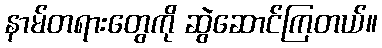
နာမ်တရားတွေကို ဆွဲဆောင်ကြတယ်။